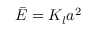
\bar { E } = K _ { l } a ^ { 2 }